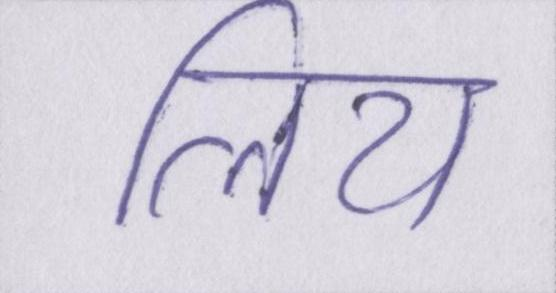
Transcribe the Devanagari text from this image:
लिय